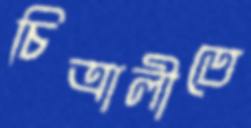
চিত্রালীতে